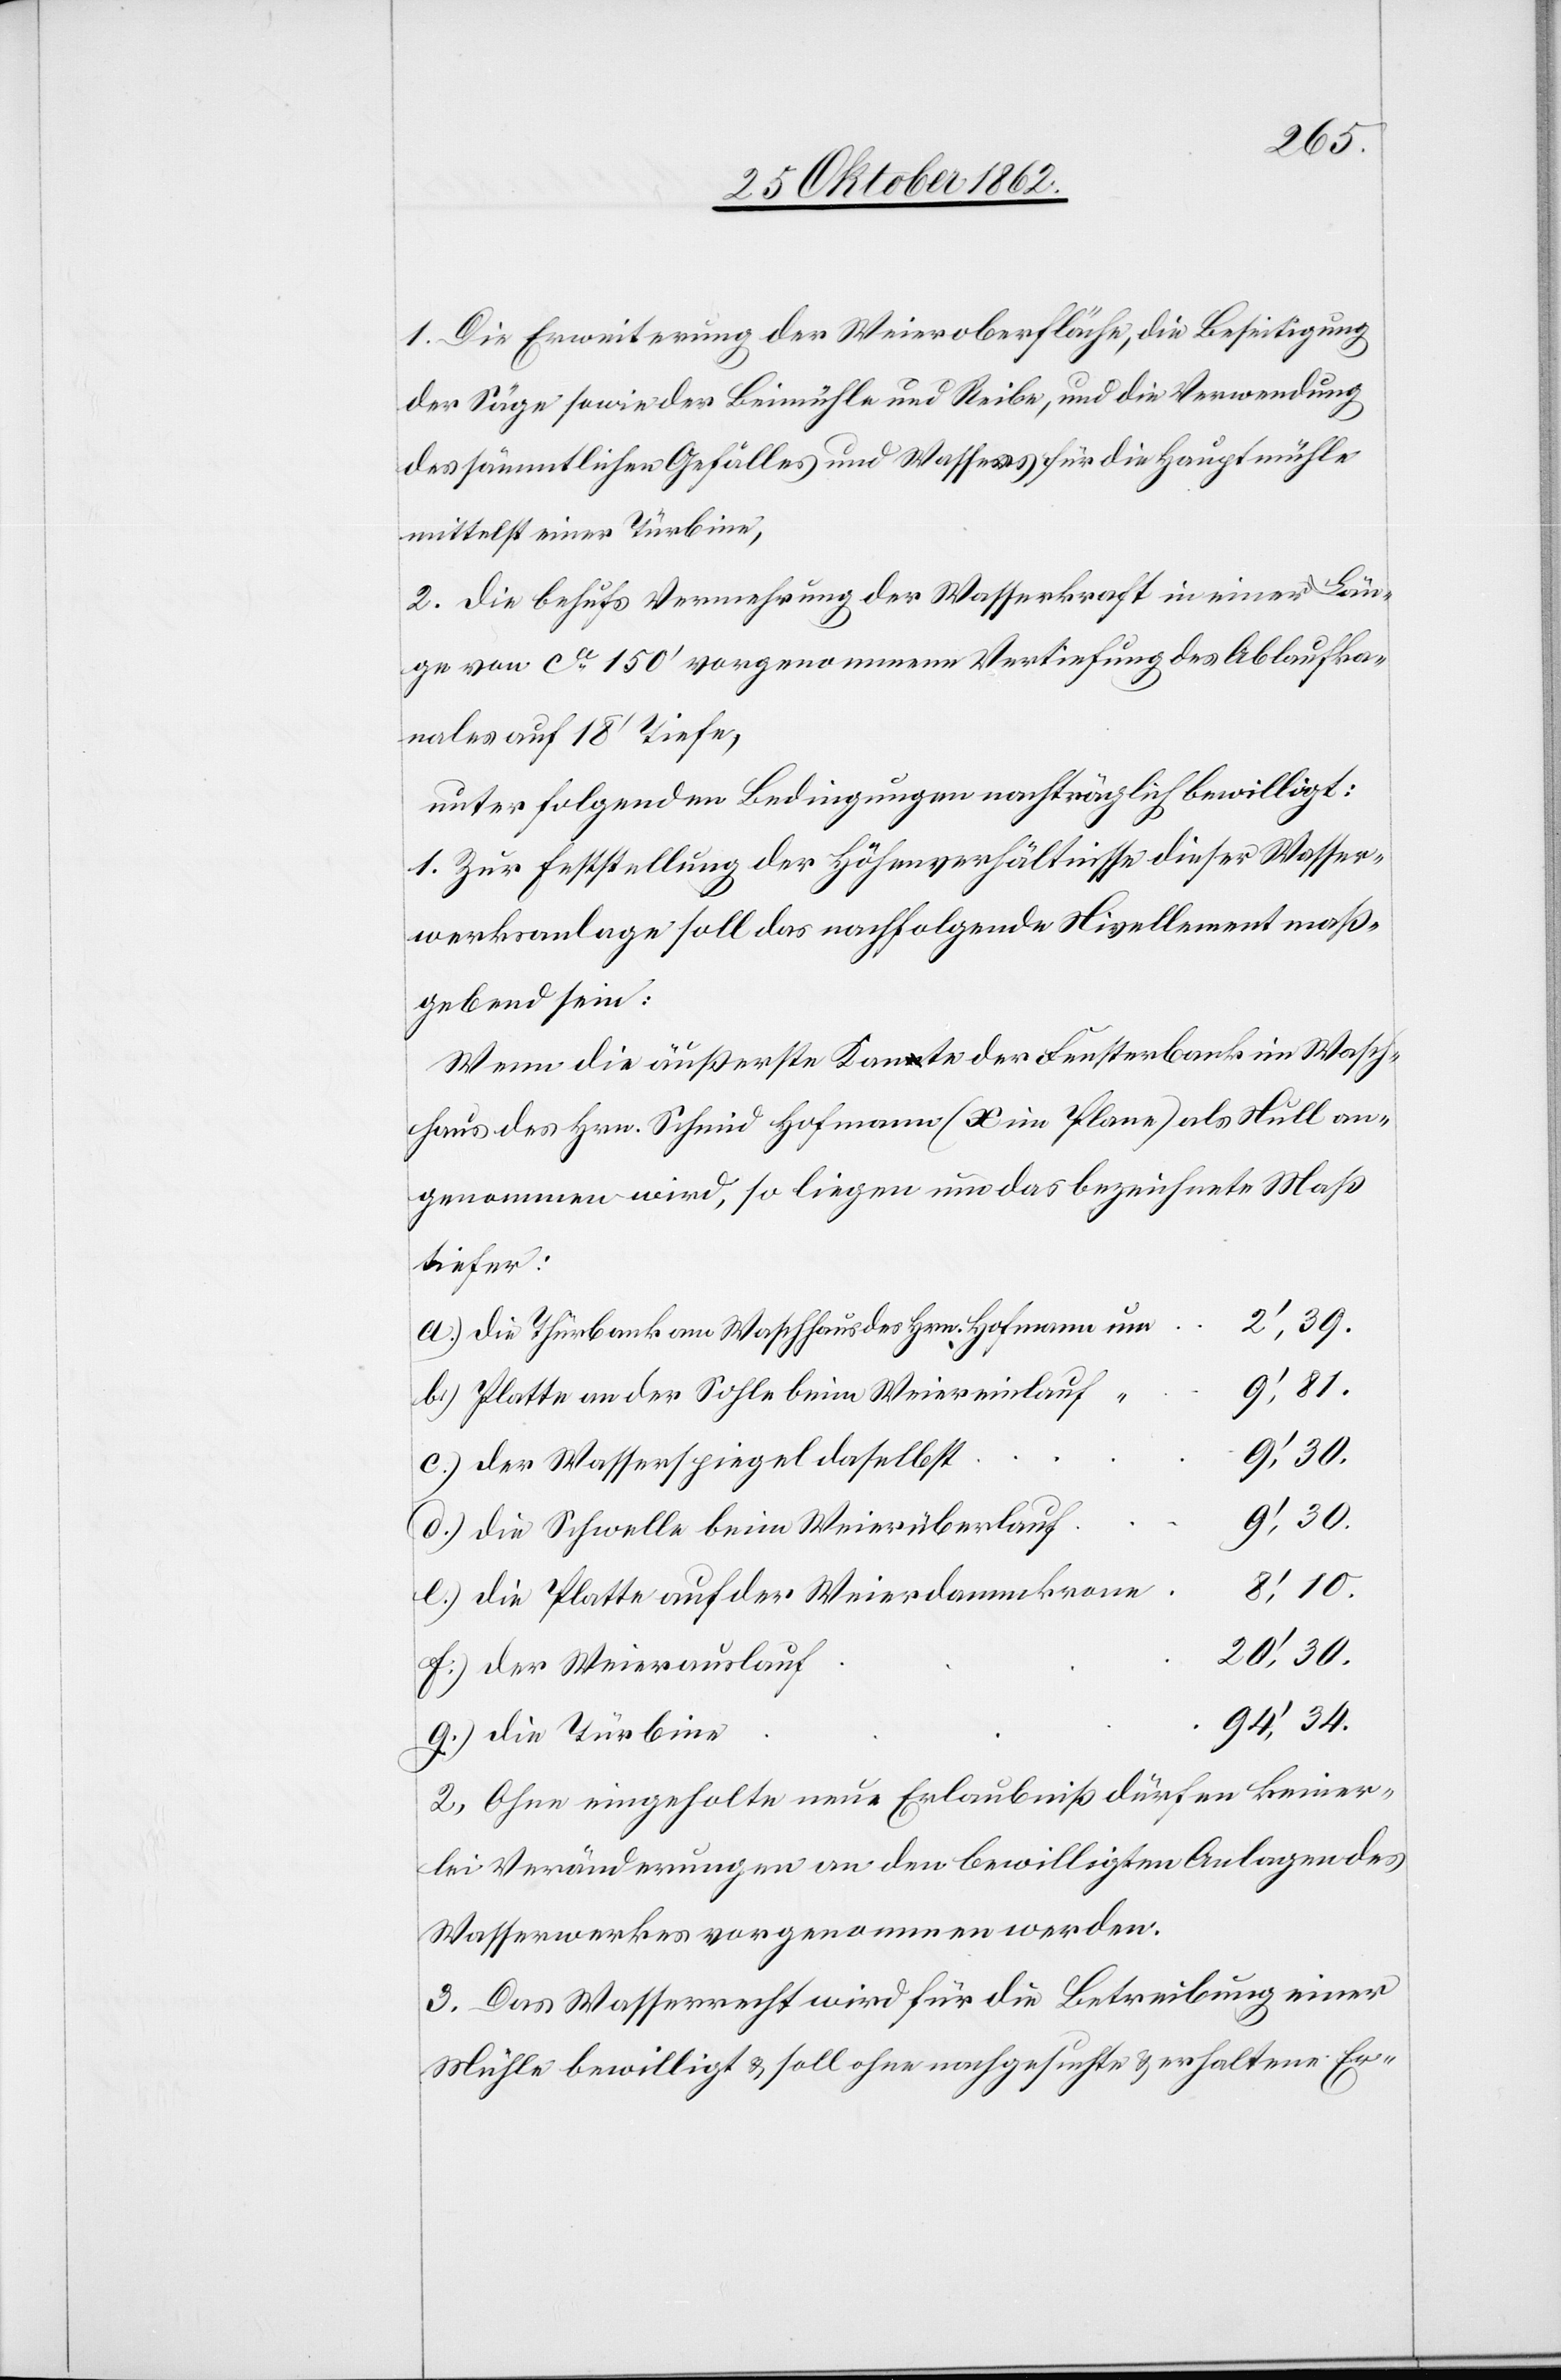
34.
1. Die Erweiterung der Weieroberfläche, die Beseitigung
der Säge sowie der Beimühle und Reibe, und die Verwendung
des sämmtlichen Gefälles und Wassers für die Hauptmühle
mittelst einer Türbine,
2. Die behufs Vermehrung der Wasserkraft in einer Län¬
ge von c 150’ vorgenommene Vertiefung des Ablaufka¬
nales auf 18’ Tiefe,
unter folgenden Bedingungen nachträglich bewilligt:
1. Zur Feststellung der Höhenverhältnisse dieser Wasser¬
werksanlage soll das nachfolgende Nivellement maß¬
gebend sein:
Wenn die äußerste Kante der Fensterbank im Wasch¬
haus des Hrn. Schmid Hofmann (x im Plane) als Null an¬
tiefer:
Die Thürbank am Waschhaus des Hrn. Hofmann um
Platte an der Sohle beim Weiereinlauf
Der Wasserspiegel daselbst
genommen,
Die Schwelle beim Weierüberlauf
Die Platte auf der Weierdammkrone
Der Weierauslauf
2. Ohne eingeholte neue Erlaubniß dürfen keiner¬
lei Veränderungen an den bewilligten Anlagen des
Wasserwerkes vorgenommen werden.
3. Das Wasserrecht wird für die Betreibung einer
Mühle bewilligt u. soll ohne nachgesuchte u. erhaltene Er-